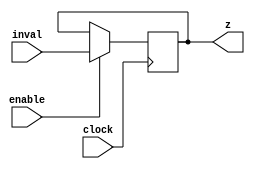
module registro(output [1:N]z, input clock, input  enable, input  [1:N]inval);

   parameter N = 2;

   reg [1:N] stato;
   
   initial
     begin
	stato = 0;
     end
   
   always @(posedge clock)
     begin
	if(enable) 
	  stato <= inval;
     end

   assign
     z = stato;
   
endmodule